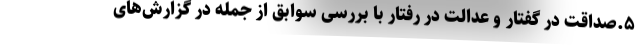
۵.صداقت در گفتار و عدالت در رفتار با بررسی سوابق از جمله در گزارش‌های